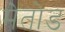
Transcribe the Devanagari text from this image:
मेतोड